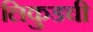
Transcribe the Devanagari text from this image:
लिकुडची